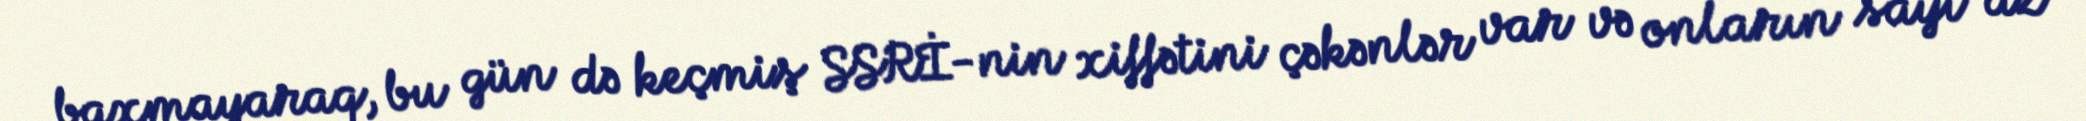
baxmayaraq, bu gün də keçmiş SSRİ-nin xiffətini çəkənlər var və onların sayı az